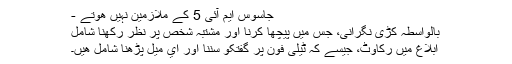
جاسوس ايم آئی 5 کے ملازمين نہيں ھوتے -
بالواسطہ کڑی نگرانی، جس ميں پيچھا کرنا اور مشتبہ شخص پر نظر رکھنا شامل
ابلاغ ميں رکاوٹ، جيسے کہ ٹيلی فون پر گفتکو سننا اور اي ميل پڑھنا شامل ھيں۔